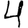
Digit: 4